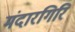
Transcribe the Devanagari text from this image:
मंदारगिरि